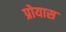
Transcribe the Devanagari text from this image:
प्रोयास